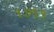
૧૭૧૧